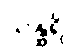
သန္ထရိ